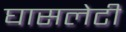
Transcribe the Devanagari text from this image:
घासलेटी